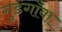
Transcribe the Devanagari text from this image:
गुडगाँवा